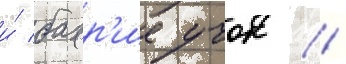
и́ бахр'ие учок //